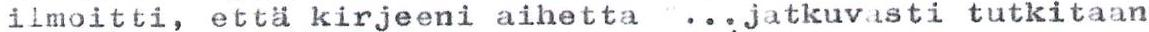
ilmoitti, että kirjeeni aihetta  ...jatkuvasti tutkitaan